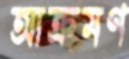
আক্রমণ